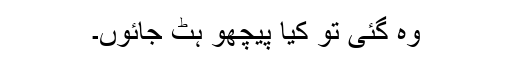
وہ گئی تو کیا پیچھو ہٹ جائوں۔